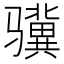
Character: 骥